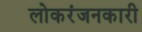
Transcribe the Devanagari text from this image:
लोकरंजनकारी